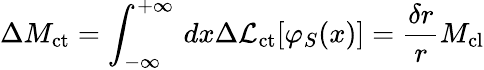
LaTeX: \Delta M_{\mathrm{ct}}=\int_{-\infty}^{+\infty}\, dx\Delta{\cal L}_{\mathrm{ct}}[\varphi_{S}(x)]=\frac{\delta r}{r}M_{\mathrm{cl}}